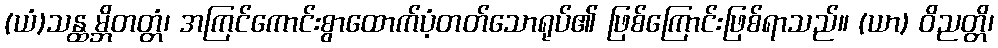
(ယံ)သန္ထမ္ဘိတတ္တံ၊ အကြင်ကောင်းစွာထောက်ပံ့တတ်သောရုပ်၏ ဖြစ်ကြောင်းဖြစ်ရာသည်။ (ယာ) ဝိညတ္တိ၊